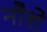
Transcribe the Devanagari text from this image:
नौशे